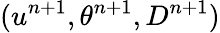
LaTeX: (u^{n+1},\theta^{n+1},D^{n+1})